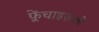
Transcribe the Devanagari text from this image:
फ़्रेंचाइज़को